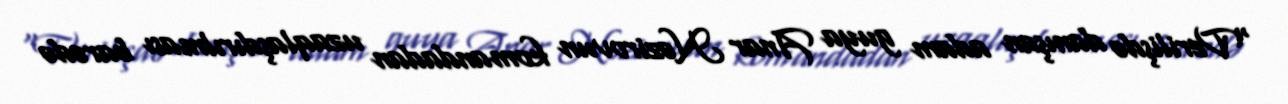
“Verilişdə danışan adam guya Anar Nəzirovun komandadan uzaqlaşdırılması barədə